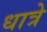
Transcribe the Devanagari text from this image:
धात्रे